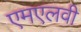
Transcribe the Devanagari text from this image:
एमएलवी